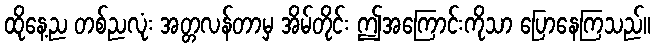
ထိုနေ့ည တစ်ညလုံး အတ္တလန်တာမှ အိမ်တိုင်း ဤအကြောင်းကိုသာ ပြောနေကြသည်။